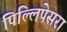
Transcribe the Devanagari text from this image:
पिल्लिपेसरा